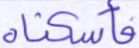
فأسكناه